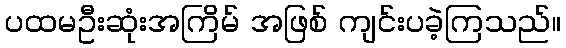
ပထမဦးဆုံးအကြိမ် အဖြစ် ကျင်းပခဲ့ကြသည်။